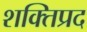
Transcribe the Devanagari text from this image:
शक्तिप्रद